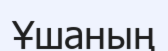
Ұшаның